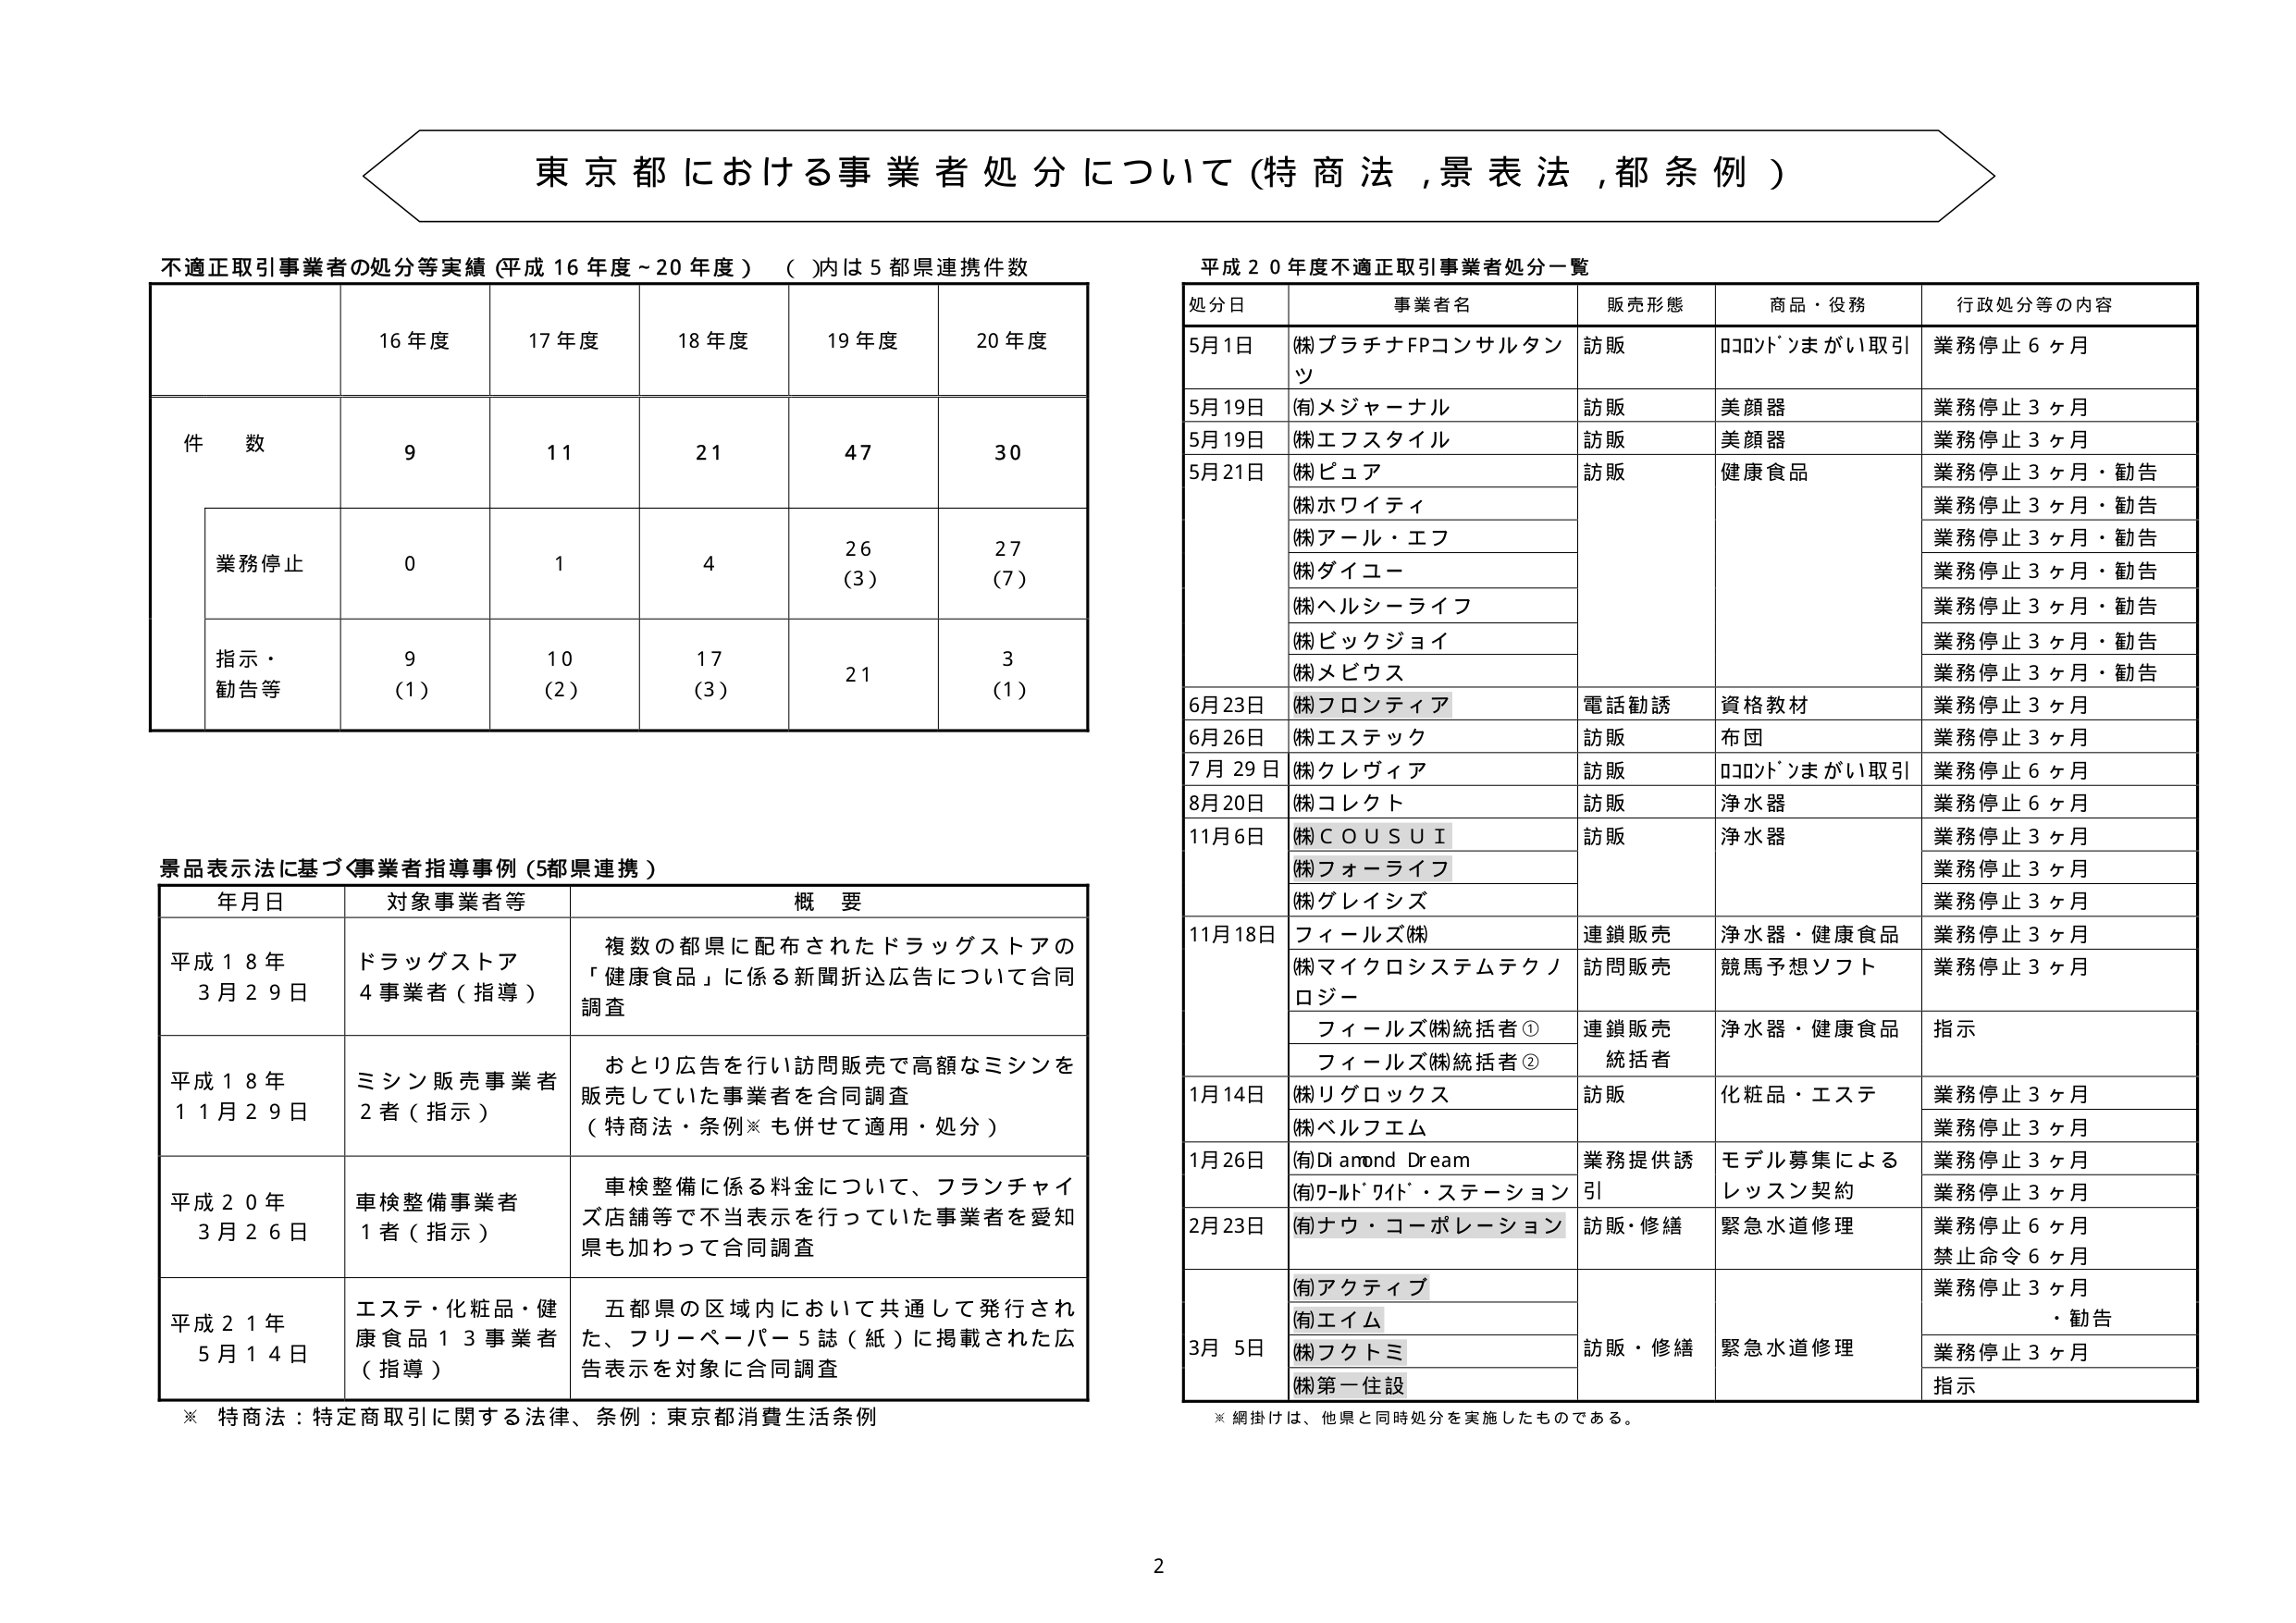
東京都における事業者処分について（特商法，景表法，都条例）

不適正取引事業者の処分等実績（平成16年度～20年度）（ ）内は5都県連携件数

| | 16年度 | 17年度 | 18年度 | 19年度 | 20年度 |
|---|---|---|---|---|---|
| 件数 | 9 | 11 | 21 | 47 | 30 |
| 業務停止 | 0 | 1 | 4 | 26（3） | 27（7） |
| 指示・勧告等 | 9（1） | 10（2） | 17（3） | 21 | 3（1） |

平成20年度不適正取引事業者処分一覧

| 処分日 | 事業者名 | 販売形態 | 商品・役務 | 行政処分等の内容 |
|---|---|---|---|---|
| 5月1日 | （株）プラチナFPコンサルタンツ | 訪販 | ロコロンドンまがい取引 | 業務停止6ヶ月 |
| 5月19日 | （有）メジャーナル | 訪販 | 美顔器 | 業務停止3ヶ月 |
| 5月19日 | （株）エフスタイル | 訪販 | 美顔器 | 業務停止3ヶ月 |
| 5月21日 | （株）ピュア | 訪販 | 健康食品 | 業務停止3ヶ月・勧告 |
| | （株）ホワイティ | | | 業務停止3ヶ月・勧告 |
| | （株）アール・エフ | | | 業務停止3ヶ月・勧告 |
| | （株）ダイユー | | | 業務停止3ヶ月・勧告 |
| | （株）ヘルシーライフ | | | 業務停止3ヶ月・勧告 |
| | （株）ビックジョイ | | | 業務停止3ヶ月・勧告 |
| | （株）メビウス | | | 業務停止3ヶ月・勧告 |
| 6月23日 | （株）フロンティア | 電話勧誘 | 資格教材 | 業務停止3ヶ月 |
| 6月26日 | （株）エステック | 訪販 | 布団 | 業務停止3ヶ月 |
| 7月29日 | （株）クレヴィア | 訪販 | ロコロンドンまがい取引 | 業務停止6ヶ月 |
| 8月20日 | （株）コレクト | 訪販 | 浄水器 | 業務停止6ヶ月 |
| 11月6日 | （株）ＣＯＵＳＵＩ | 訪販 | 浄水器 | 業務停止3ヶ月 |
| | （株）フォーライフ | | | 業務停止3ヶ月 |
| | （株）グレイシズ | | | 業務停止3ヶ月 |
| 11月18日 | フィールズ（株） | 連鎖販売 | 浄水器・健康食品 | 業務停止3ヶ月 |
| | （株）マイクロシステムテクノロジー | 訪問販売 | 競馬予想ソフト | 業務停止3ヶ月 |
| | フィールズ（株）統括者① | 連鎖販売統括者 | 浄水器・健康食品 | 指示 |
| | フィールズ（株）統括者② | | | |
| 1月14日 | （株）リグロックス | 訪販 | 化粧品・エステ | 業務停止3ヶ月 |
| | （株）ベルフエム | | | 業務停止3ヶ月 |
| 1月26日 | （有）Diamond Dream | 業務提供誘引 | モデル募集によるレッスン契約 | 業務停止3ヶ月 |
| | （有）ワールドワイド・ステーション | | | 業務停止3ヶ月 |
| 2月23日 | （有）ナウ・コーポレーション | 訪販・修繕 | 緊急水道修理 | 業務停止6ヶ月<br>禁止命令6ヶ月 |
| | （有）アクティブ | | | 業務停止3ヶ月・勧告 |
| | （有）エイム | | | |
| 3月5日 | （株）フクトミ | 訪販・修繕 | 緊急水道修理 | 業務停止3ヶ月 |
| | （株）第一住設 | | | 指示 |

※網掛けは、他県と同時処分を実施したものである。

景品表示法に基づく事業者指導事例（5都県連携）

| 年月日 | 対象事業者等 | 概要 |
|---|---|---|
| 平成18年3月29日 | ドラッグストア4事業者（指導） | 複数の都県に配布されたドラッグストアの「健康食品」に係る新聞折込広告について合同調査 |
| 平成18年11月29日 | ミシン販売事業者2者（指示） | おとり広告を行い訪問販売で高額なミシンを販売していた事業者を合同調査（特商法・条例※も併せて適用・処分） |
| 平成20年3月26日 | 車検整備事業者1者（指示） | 車検整備に係る料金について、フランチャイズ店舗等で不当表示を行っていた事業者を愛知県も加わって合同調査 |
| 平成21年5月14日 | エステ・化粧品・健康食品13事業者（指導） | 五都県の区域内において共通して発行された、フリーペーパー5誌（紙）に掲載された広告表示を対象に合同調査 |

※特商法：特定商取引に関する法律、条例：東京都消費生活条例

2